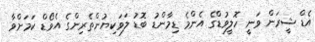
އެޑް ޝީރަން ވަނީ ހޮލީވުޑްގެ އެންމެ ޑިމާންޑު ބޮޑު ލަވަކިޔުންތެރިންގެ އެވޯޑް ކަމަށްވާ